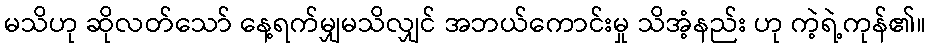
မသိဟု ဆိုလတ်သော် နေ့ရက်မျှမသိလျှင် အဘယ်ကောင်းမှု သိအံ့နည်း ဟု ကဲ့ရဲ့ကုန်၏။